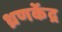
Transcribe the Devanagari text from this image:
ध्रणकेंद्र